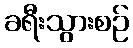
ခရီးသွားစဉ်